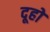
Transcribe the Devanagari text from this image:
दूहो